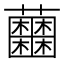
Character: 𧅲